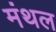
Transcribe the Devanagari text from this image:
मंथल